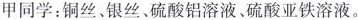
甲同学：铜丝、银丝、硫酸铝溶液、硫酸亚铁溶液。